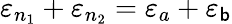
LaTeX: \varepsilon_{n_{1}}+\varepsilon_{n_{2}}=\varepsilon_{a}+\varepsilon_{\mathsf{b}}